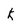
Character: K